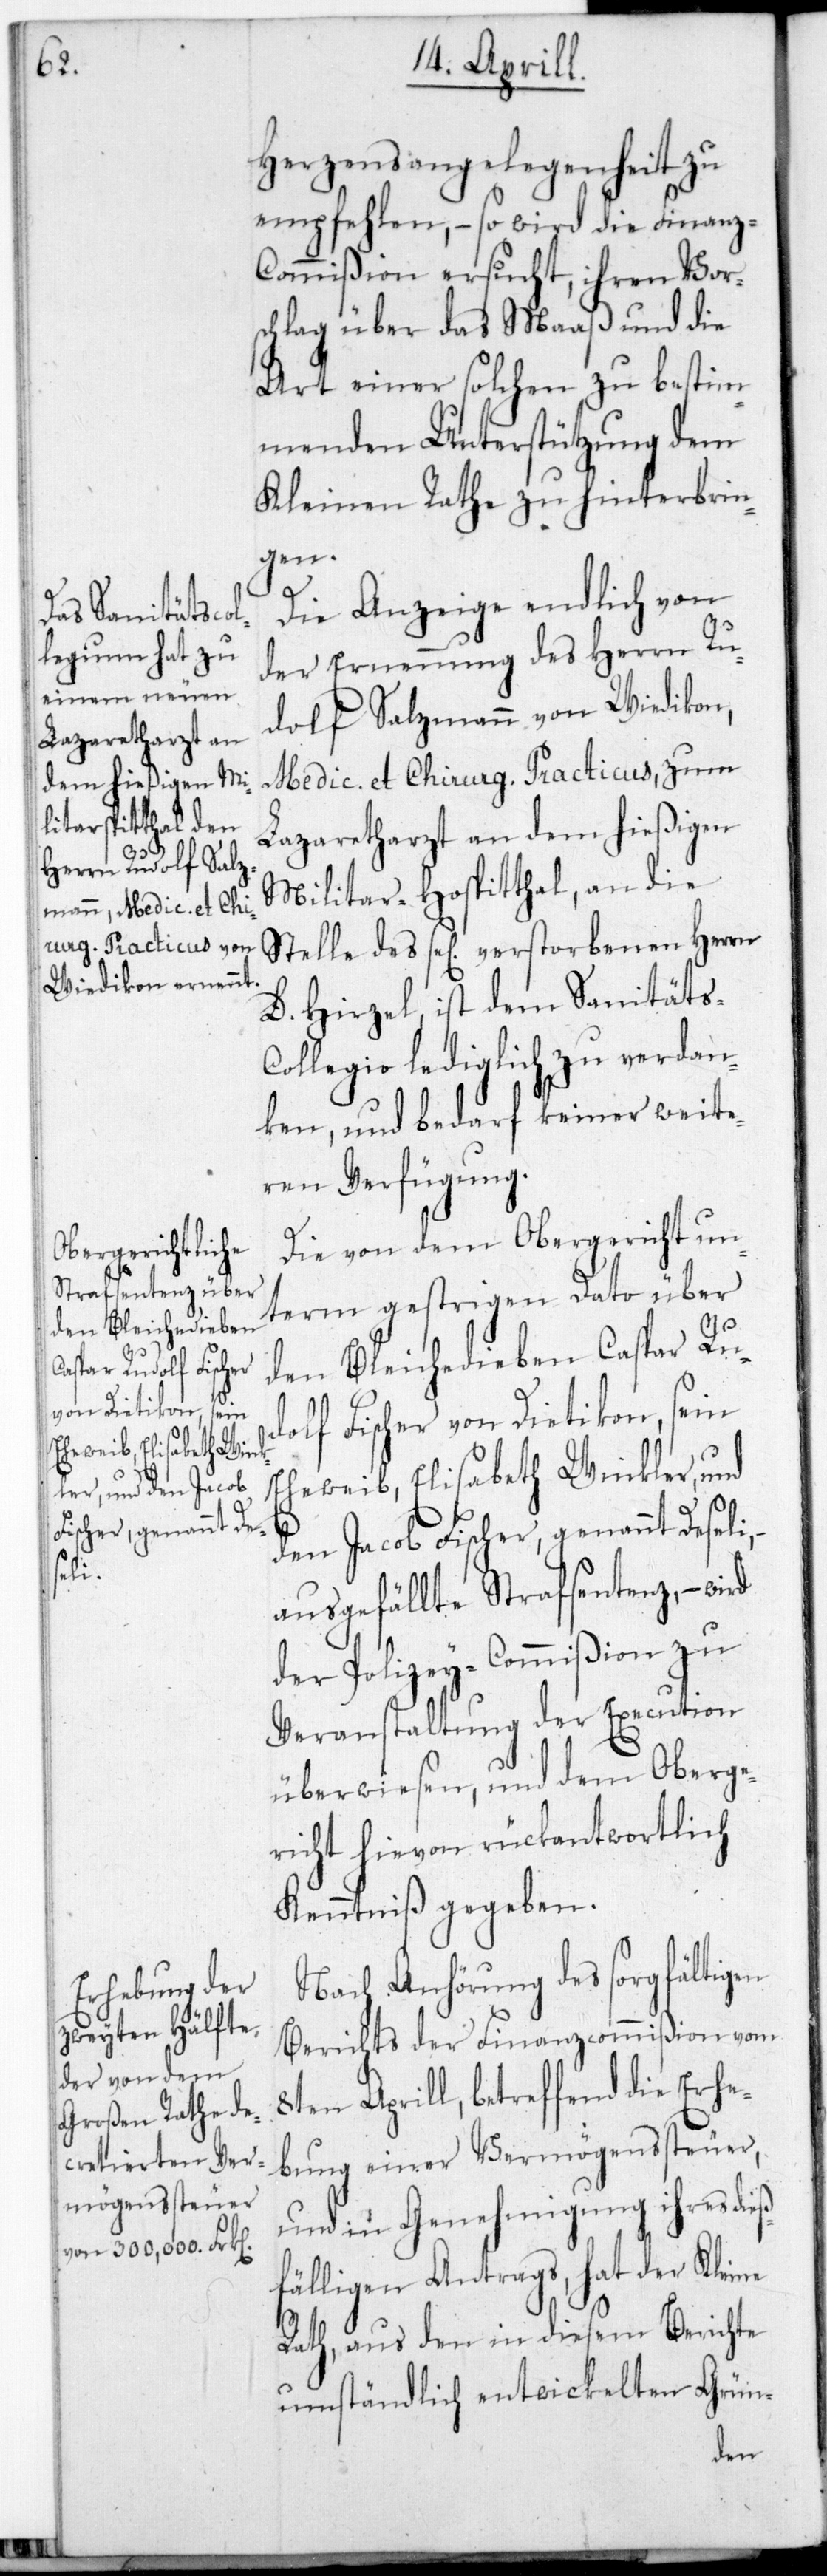
den Bleichedieben
Caspar Rudolf Fischer
von Dietikon, sein
ß¬

Herzensangelegenheit zu
empfehlen, – so wird die Finanz-C¬
ommißion ersucht, ihren Vor¬
schlag über das Maaß und die
Art einer solchen zu bestim¬
menden Unterstützung dem
Kleinen Rathe zu hinterbrin¬
gen.
Die Anzeige endlich von
der Ernennung des Herrn Ru¬
dolf Salzmann von Wiedikon,
Medic. et Chirurg. Practicus, zum
Lazaretharzt an dem hießigen
Militär-Hospitthal, an die
Stelle des se[lig] verstorbenen Herrn
D. Hirzel ist dem Sanitäts-C¬
ollegio lediglich zu verdan¬
ken, und bedarf keiner weite¬
ren Verfügung.
Die von dem Obergericht un¬
term gestrigen Dato über
Eheweib Elisabeth Winkler und
den Jacob Fischer, genannt Deseli,
ausgefällte Strafsentenz, –
der Polizey-Commißion zu
Veranstaltung der Execution
überwiesen, und dem Oberge¬
richt hievon rückantwortlich
Kenntniß gegeben.
Nach Anhörung des sorgfältigen
Berichts der Finanzcommißion vom
en Aprill, betreffend die Erhe¬
bung einer Vermögenssteuer,
und in Genehmigung ihres die¬
fälligen Antrags, hat der Kleine
Rath, aus den in diesem Berichte
umständlich entwickelten Grün-